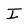
Character: I